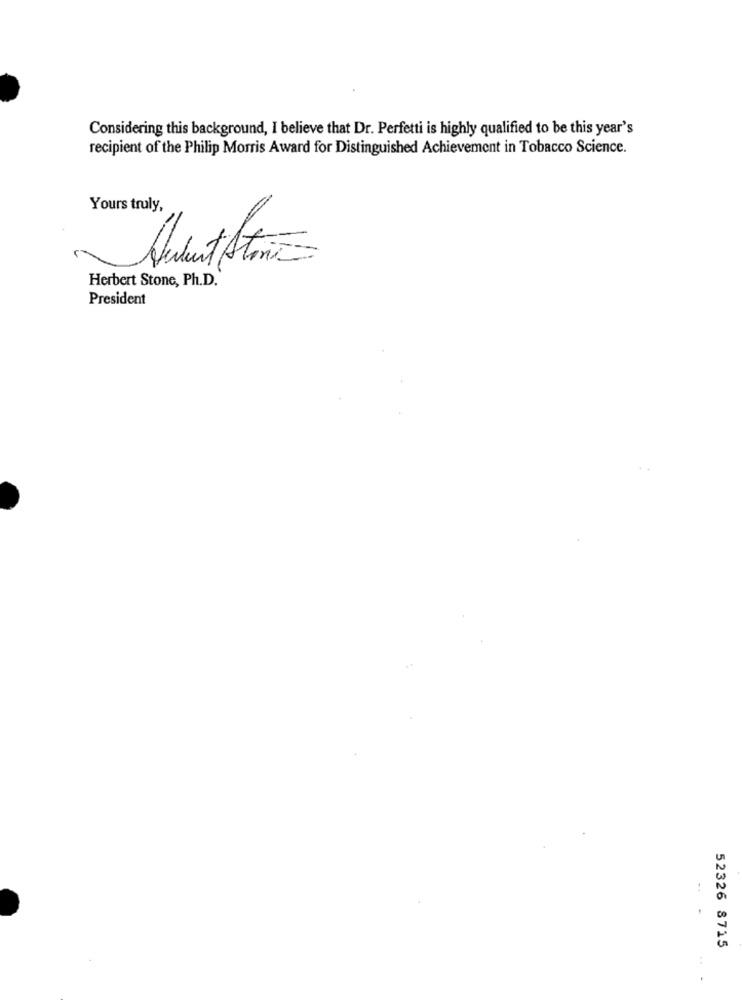
Considering this background, I believe that Dr. Perfetti is highly qualified to be this year's
recipient of the Philip Morris Award for Distinguished Achievement in Tobacco Science.
Yours truly,
Aumentem
Herbert Stone, Ph.D.
President
52326 8715
...